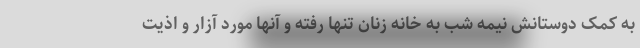
به کمک دوستانش نیمه شب به خانه زنان تنها رفته و آنها مورد آزار و اذیت